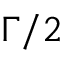
\Gamma / 2